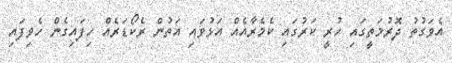
އެވަގުތު ދޮރުމަތީގައި ހުރީ ކަރުގައި ކެމެރާއެއް އަޅުވައި އަތުން ރެކޯޑަރެއް ހިފައިގެން ހެވިފައި